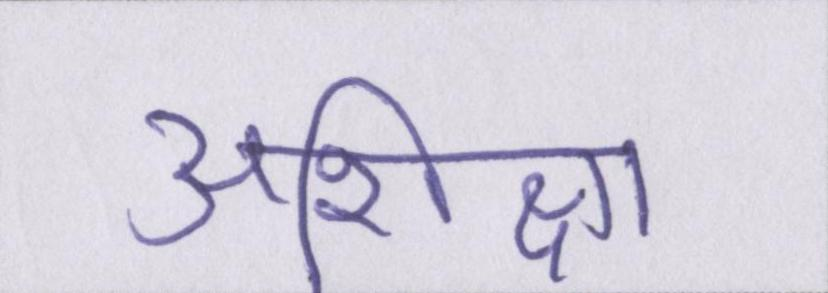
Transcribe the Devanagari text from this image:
अशिक्षा